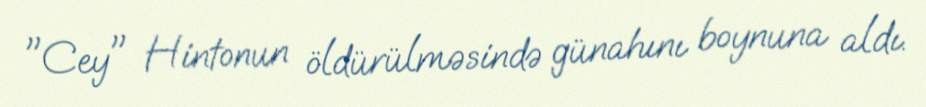
"Cey" Hintonun öldürülməsində günahını boynuna aldı.